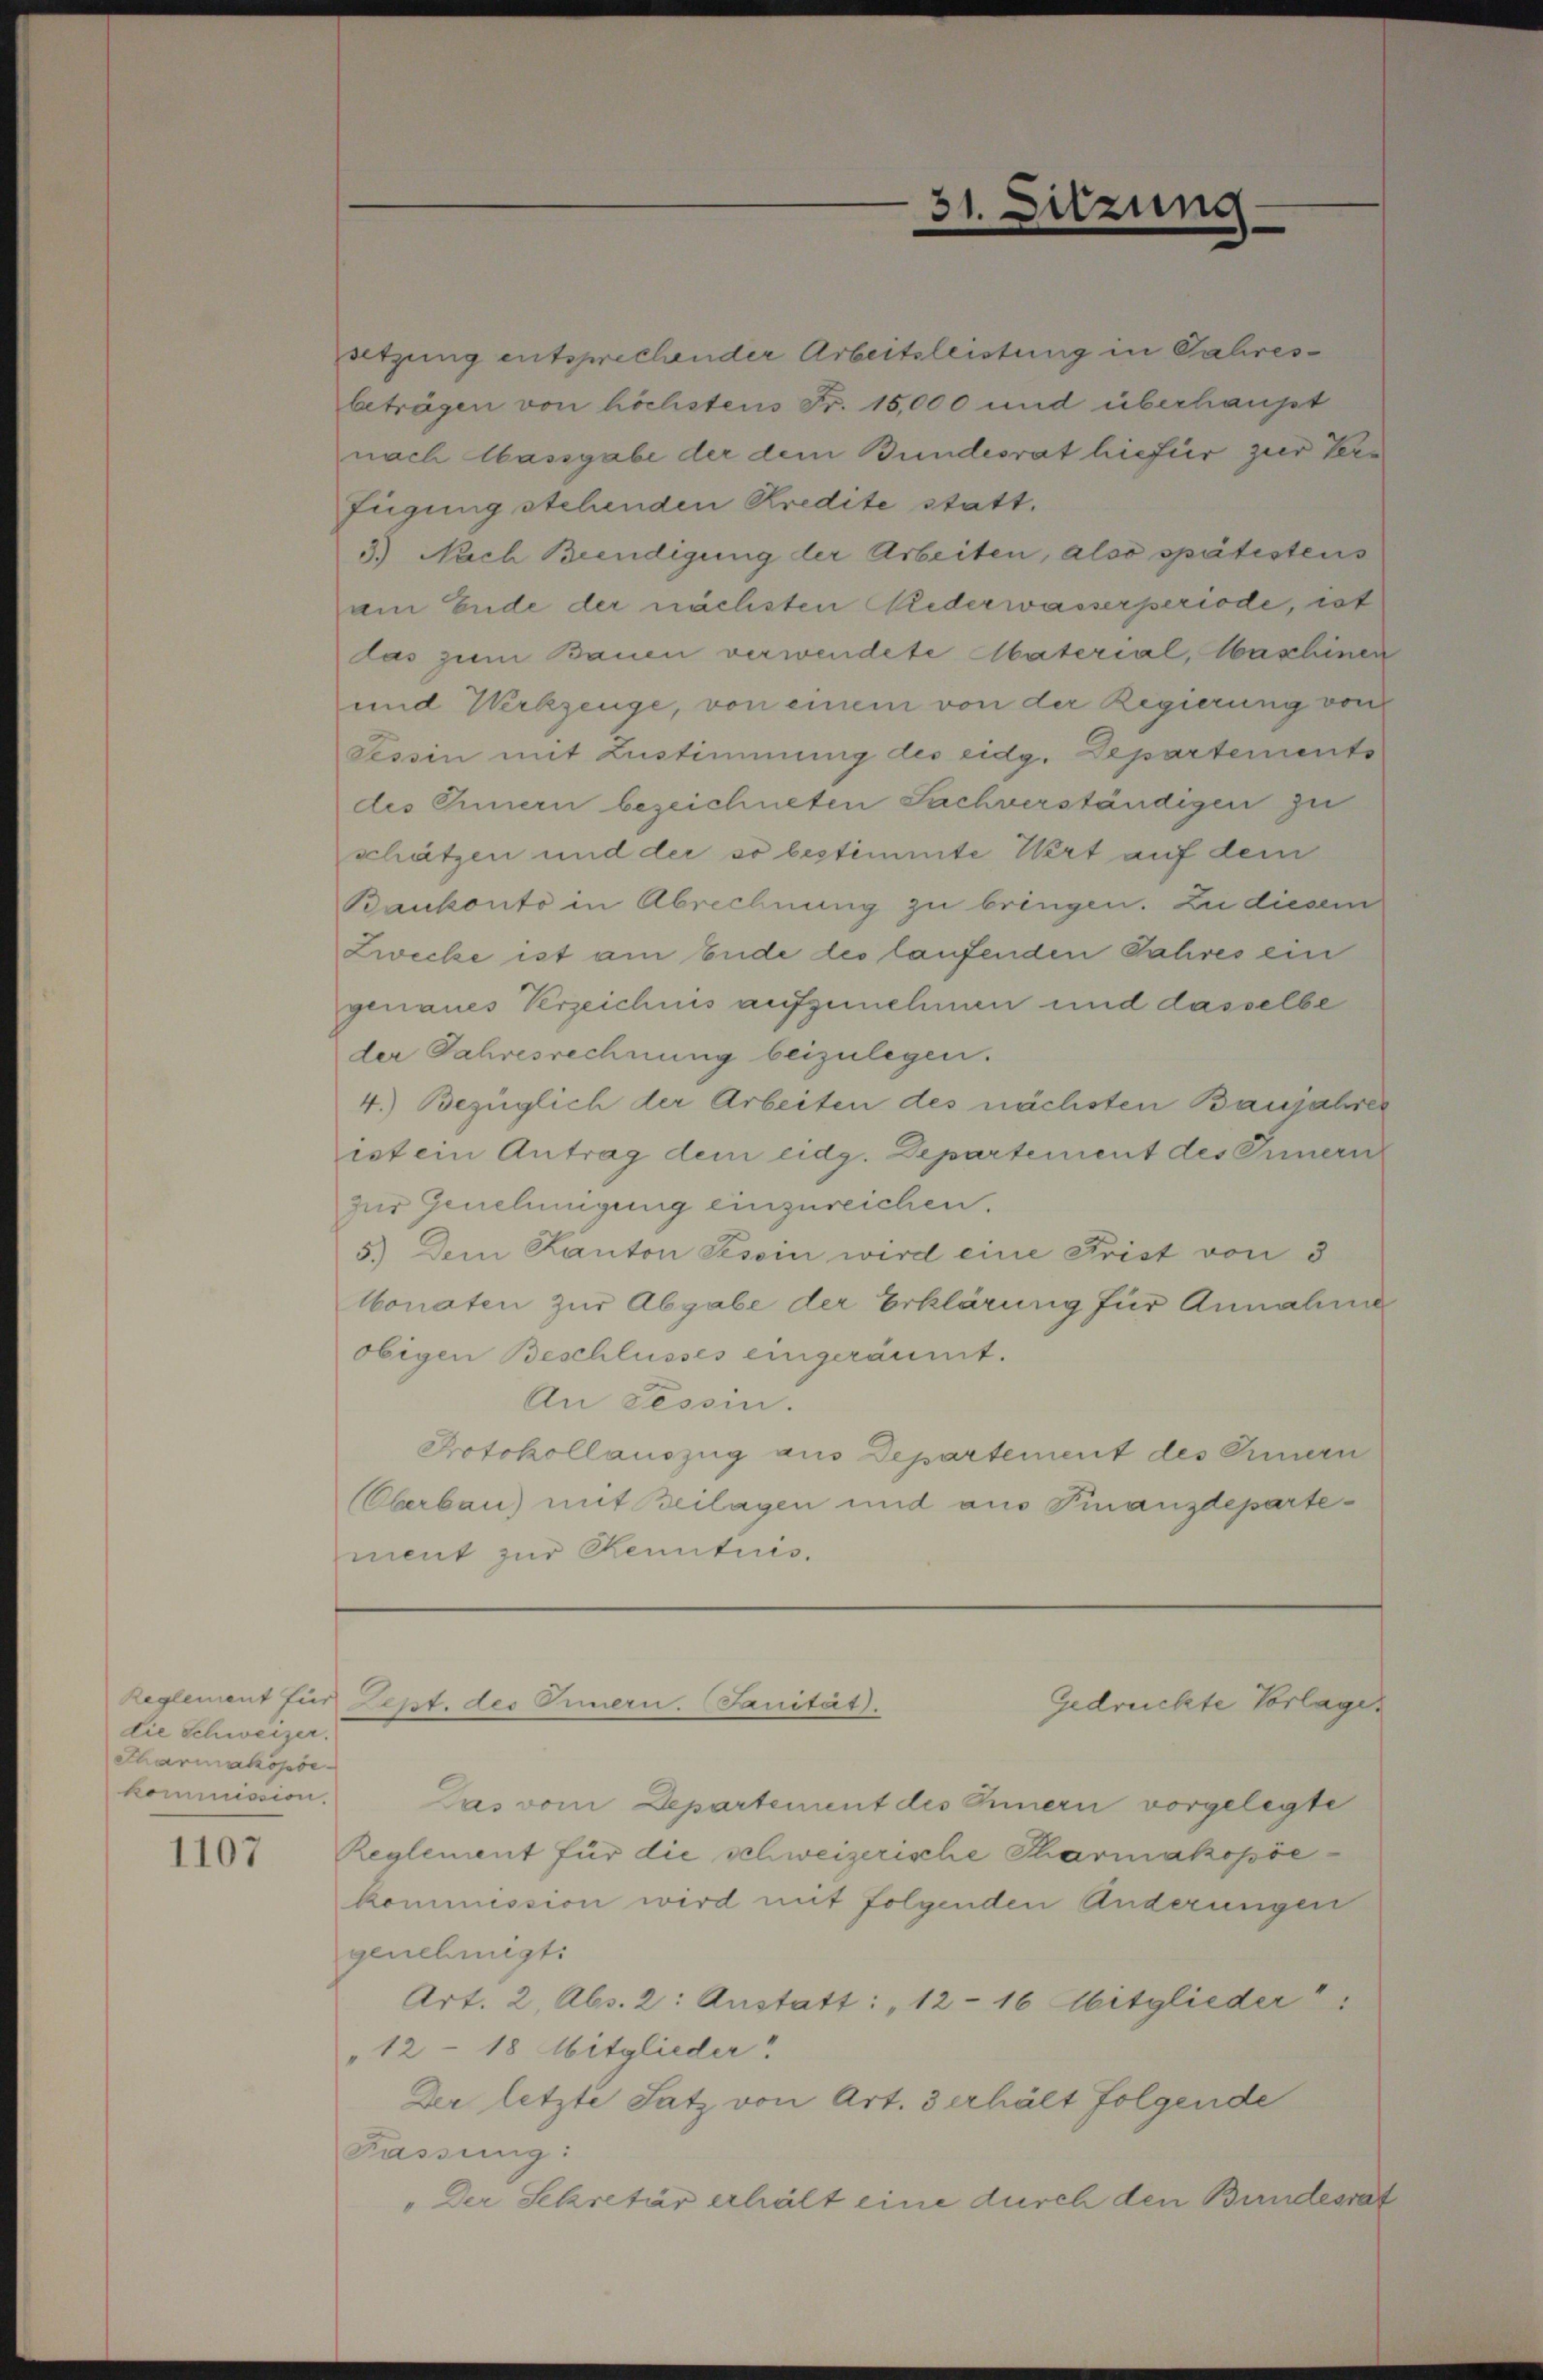
die Schweizer.
Sharmakopöe
kommission.

1107

31. Sitzung

fügung stehenden Kredite statt.
schätzen und der so bestimmte Wert auf dem
Bankonto in Abrechnung zu bringen. Zu diesem
Zwecke ist am Ende des laufenden Jahres ein
genaues Verzeichnis aufzunehmen und dasselbe
der Jahresrechnung beizulegen.
4.) Bezüglich der Arbeiten des nächsten Banjahrer
ist ein Antrag dem eidg. Departement des Innern
zur Genehmigung einzureichen.
5.) Dem Kanton Tessin wird eine Frist von d
Monaten zur Abgabe der Erklärung für Annahme
obigen Beschlusses eingeräumt.
An Tessin.
Protokollauszug aus Departement des Innern
Oberbau) mit Beilagen und aus Finanzdepartement zur Kenntnis.

setzung entsprechender Arbeitsleistung in Jahresbeträgen von höchstens Fr. 15,000 und überhaupt
nach Massgabe der dem Bundesrat hiefür zur Ver¬
3.) Nach Beendigung der Arbeiten, also spätestens
am Ende der nächsten Niederwasserperiode, ist
das zum Bauen verwendete Material, Washinen
und Werkzeuge, von einem von der Regierung von
Tessin mit Zustimmung des eidg. Departements
des Innern bezeichneten Sachverständigen zu

Das vom Departement des Innern vorgelegte
Reglement für die schweizerische Pharmakopöe
kommission wird mit folgenden Änderungen
genehmigt.
Art. 2, Abs. 2: Anstatt: „12 - 16 Mitglieder
"12 - 18 Mitglieder
Der letzte Satz von Art. 3 erhält folgende
Fassung:
„Der Sekretär erhält eine durch den Bundesrat

Reglement für Sept. des Innern. Fanität.
Gedruckte Vorlage